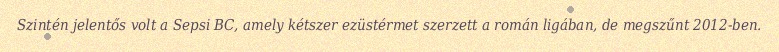
Szintén jelentős volt a Sepsi BC, amely kétszer ezüstérmet szerzett a román ligában, de megszűnt 2012-ben.